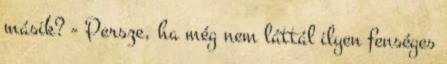
másik? - Persze, ha még nem láttál ilyen fenséges